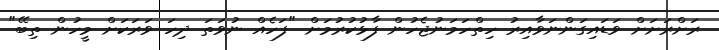
ރަށްރަށަށް ވަޑައިގަންނަވާއިރު ހިތްހަމަނުޖެހުން ފާޅުކުރުމަށް "ފަހެއް ނުވަތަ ދިހަ ވަރަކަށް މީހުން ތިބޭ"